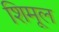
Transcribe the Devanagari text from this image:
शिमूल